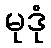
မုဒုံ